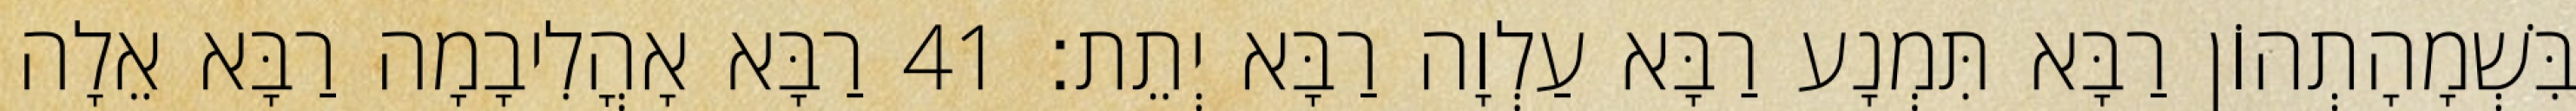
בִּשְׁמָהָתְהוֹן רַבָּא תִּמְנָע רַבָּא עַלְוָה רַבָּא יְתֵת׃ 41 רַבָּא אָהֳלִיבָמָה רַבָּא אֵלָה